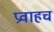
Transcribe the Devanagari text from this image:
प्रवाहच